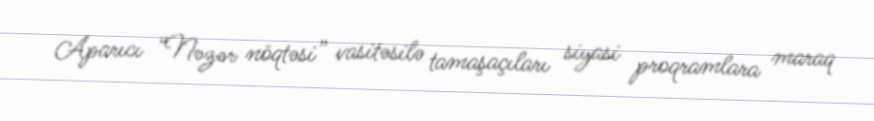
Aparıcı “Nəzər nöqtəsi” vasitəsilə tamaşaçıları siyasi proqramlara maraq